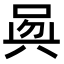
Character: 𠶵